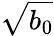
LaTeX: \sqrt{b_{0}}